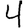
Digit: 4